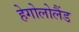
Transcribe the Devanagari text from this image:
हेगोलोलैंड